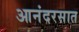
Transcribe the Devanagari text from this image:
आनंदरसात